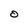
Character: O